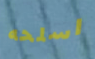
اسلحه